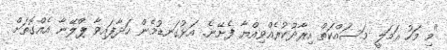
"މި މަހު އަމަލީ މަސައްކަތް އިރާދުކުރެއްވިއްޔާ ފެށޭނެ. އަޅުގަނޑުމެން ހަދާފައިވާ ޕްލޭނާ އެއްގޮތަށް